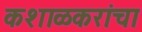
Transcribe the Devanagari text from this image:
कशाळकरांचा